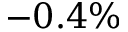
- 0 . 4 \%